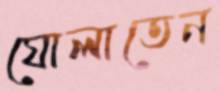
ঘোলাতেন